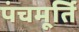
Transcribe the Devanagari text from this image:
पंचमूर्ति